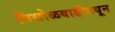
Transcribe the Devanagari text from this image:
पिसोळवाडीमधून